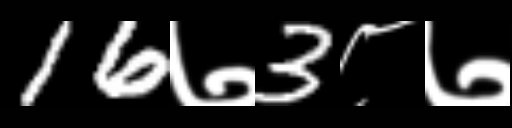
Text: 16७3८७